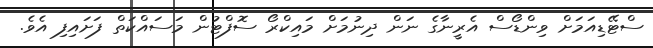
ސްޓޭޑިއަމަށް ވިންޑޯސް އެރީނާގެ ނަން ދިނުމަށް މައިކްރޯ ސޮފްޓުން މަސައްކަތް ފަށައިފި އެވެ.